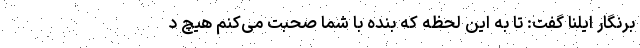
برنگار ایلنا گفت: تا به این لحظه که بنده با شما صحبت می‌کنم هیچ د